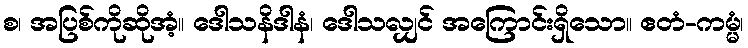
စ၊ အပြစ်ကိုဆိုအံ့။ ဒေါသနိဒါနံ၊ ဒေါသလျှင် အကြောင်းရှိသော။ ဧတံ-ကမ္မံ၊